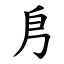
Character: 㐆